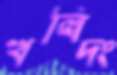
খল্বিদং